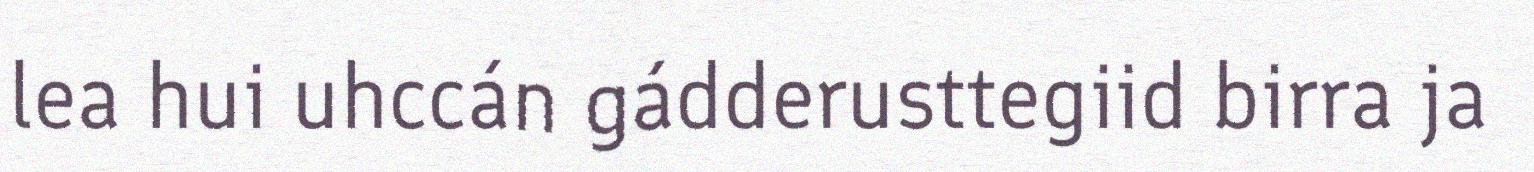
lea hui uhccán gádderusttegiid birra ja